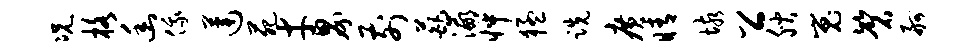
况格幽俄莲苑才界前葩瀛怦猛跣广睛垓公腴嵬磬舸